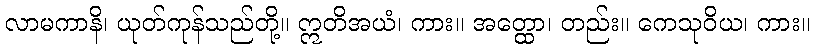
လာမကာနိ၊ ယုတ်ကုန်သည်တို့။ ဣတိအယံ၊ ကား။ အတ္ထော၊ တည်း။ ကေသုဝိယ၊ ကား။